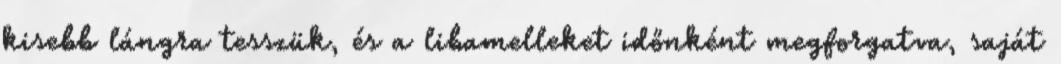
kisebb lángra tesszük, és a libamelleket időnként megforgatva, saját